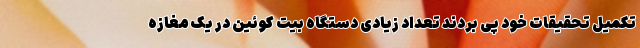
تکمیل تحقیقات خود پی بردند تعداد زیادی دستگاه بیت کوئین در یک مغازه